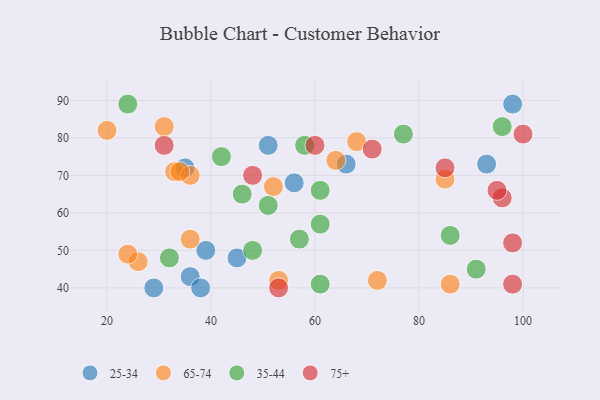
{"axis": {"x": "GDP", "y": "Life Expectancy"}, "legend": ["25-34", "35-44", "65-74", "75+"], "data": [{"x": "36", "y": 43, "type": "25-34"}, {"x": "51", "y": 78, "type": "25-34"}, {"x": "93", "y": 73, "type": "25-34"}, {"x": "56", "y": 68, "type": "25-34"}, {"x": "45", "y": 48, "type": "25-34"}, {"x": "39", "y": 50, "type": "25-34"}, {"x": "38", "y": 40, "type": "25-34"}, {"x": "35", "y": 72, "type": "25-34"}, {"x": "66", "y": 73, "type": "25-34"}, {"x": "29", "y": 40, "type": "25-34"}, {"x": "98", "y": 89, "type": "25-34"}, {"x": "85", "y": 69, "type": "65-74"}, {"x": "31", "y": 83, "type": "65-74"}, {"x": "64", "y": 74, "type": "65-74"}, {"x": "72", "y": 42, "type": "65-74"}, {"x": "36", "y": 53, "type": "65-74"}, {"x": "26", "y": 47, "type": "65-74"}, {"x": "33", "y": 71, "type": "65-74"}, {"x": "36", "y": 70, "type": "65-74"}, {"x": "52", "y": 67, "type": "65-74"}, {"x": "53", "y": 42, "type": "65-74"}, {"x": "20", "y": 82, "type": "65-74"}, {"x": "86", "y": 41, "type": "65-74"}, {"x": "34", "y": 71, "type": "65-74"}, {"x": "68", "y": 79, "type": "65-74"}, {"x": "24", "y": 49, "type": "65-74"}, {"x": "51", "y": 62, "type": "35-44"}, {"x": "24", "y": 89, "type": "35-44"}, {"x": "61", "y": 57, "type": "35-44"}, {"x": "32", "y": 48, "type": "35-44"}, {"x": "91", "y": 45, "type": "35-44"}, {"x": "61", "y": 41, "type": "35-44"}, {"x": "96", "y": 83, "type": "35-44"}, {"x": "86", "y": 54, "type": "35-44"}, {"x": "58", "y": 78, "type": "35-44"}, {"x": "77", "y": 81, "type": "35-44"}, {"x": "61", "y": 66, "type": "35-44"}, {"x": "48", "y": 50, "type": "35-44"}, {"x": "46", "y": 65, "type": "35-44"}, {"x": "42", "y": 75, "type": "35-44"}, {"x": "57", "y": 53, "type": "35-44"}, {"x": "96", "y": 64, "type": "75+"}, {"x": "85", "y": 72, "type": "75+"}, {"x": "98", "y": 52, "type": "75+"}, {"x": "71", "y": 77, "type": "75+"}, {"x": "98", "y": 41, "type": "75+"}, {"x": "95", "y": 66, "type": "75+"}, {"x": "31", "y": 78, "type": "75+"}, {"x": "48", "y": 70, "type": "75+"}, {"x": "100", "y": 81, "type": "75+"}, {"x": "53", "y": 40, "type": "75+"}, {"x": "60", "y": 78, "type": "75+"}]}